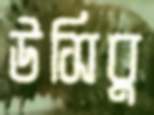
উসিবু